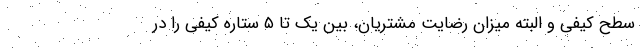
سطح کیفی و البته میزان رضایت مشتریان، بین یک تا ۵ ستاره کیفی را در